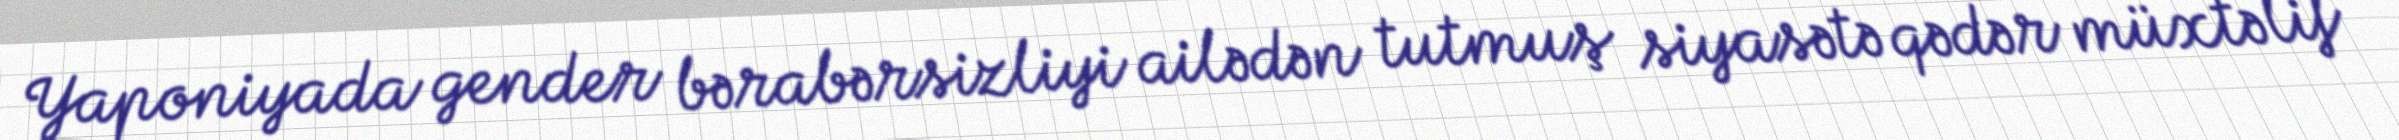
Yaponiyada gender bərabərsizliyi ailədən tutmuş siyasətə qədər müxtəlif